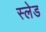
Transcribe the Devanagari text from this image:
स्‍लेड